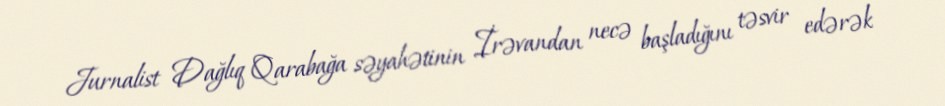
Jurnalist Dağlıq Qarabağa səyahətinin İrəvandan necə başladığını təsvir edərək